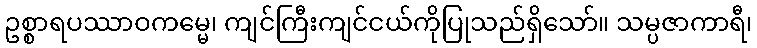
ဥစ္စာရပဿာဝကမ္မေ၊ ကျင်ကြီးကျင်ငယ်ကိုပြုသည်ရှိသော်။ သမ္ပဇာကာရီ၊